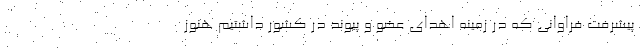
پیشرفت فراوانی که در زمینه اهدای عضو و پیوند در کشور داشتیم هنوز